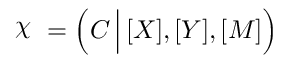
\raisebox { \depth } { \( \chi \) } = \left( C \, \Big | \, [ X ] , [ Y ] , [ M ] \right)